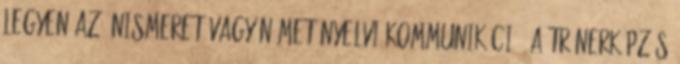
legyen az önismeret vagy német nyelvi kommunikáció. A trénerképzés